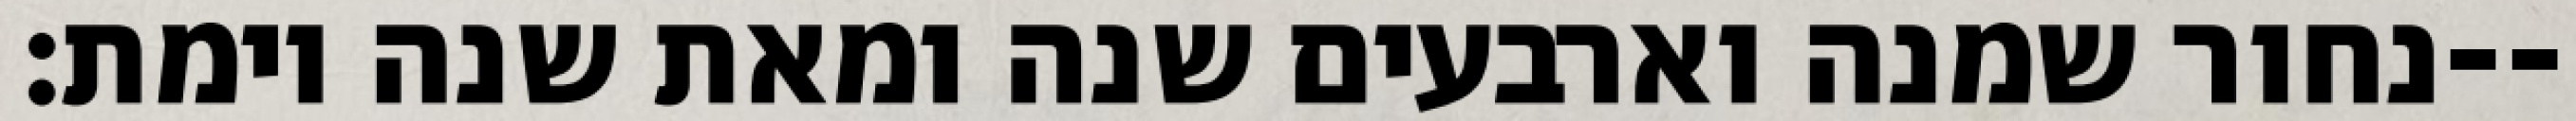
נחור שמנה וארבעים שנה ומאת שנה וימת׃--